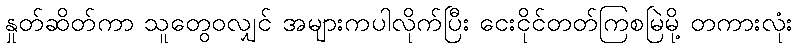
နှုတ်ဆိတ်ကာ သူတွေဝလျှင် အများကပါလိုက်ပြီး ငေးငိုင်တတ်ကြစမြဲမို့ တကားလုံး